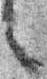
之